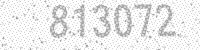
Solution: 813072